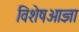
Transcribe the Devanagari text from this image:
विशेषआज्ञा